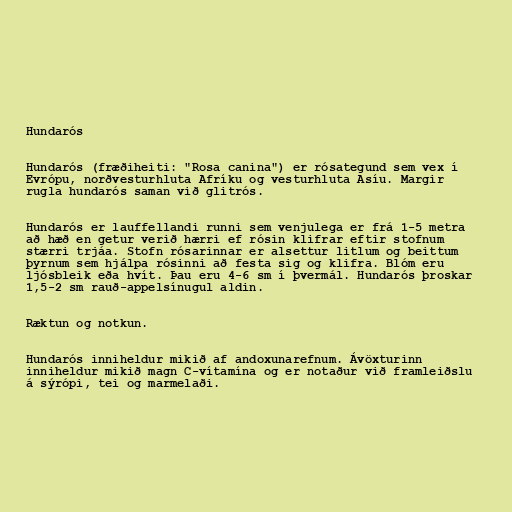
Hundarós

Hundarós (fræðiheiti: "Rosa canina") er rósategund sem vex í
Evrópu, norðvesturhluta Afríku og vesturhluta Asíu. Margir
rugla hundarós saman við glitrós.

Hundarós er lauffellandi runni sem venjulega er frá 1-5 metra
að hæð en getur verið hærri ef rósin klifrar eftir stofnum
stærri trjáa. Stofn rósarinnar er alsettur litlum og beittum
þyrnum sem hjálpa rósinni að festa sig og klifra. Blóm eru
ljósbleik eða hvít. Þau eru 4-6 sm í þvermál. Hundarós þroskar
1,5-2 sm rauð-appelsínugul aldin.

Ræktun og notkun.

Hundarós inniheldur mikið af andoxunarefnum. Ávöxturinn
inniheldur mikið magn C-vítamína og er notaður við framleiðslu
á sýrópi, tei og marmelaði.